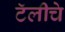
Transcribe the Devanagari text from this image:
टॅलीचे